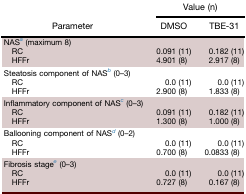
<table><thead><tr><td rowspan="2"><b>Parameter</b></td><td colspan="2"><b>Value (n)</b></td></tr><tr><td><b>DMSO</b></td><td><b>TBE-31</b></td></tr></thead><tbody><tr><td>NASa (maximum 8)</td><td></td><td></td></tr><tr><td> RC</td><td>0.091 (11)</td><td>0.182 (11)</td></tr><tr><td> HFFr</td><td>4.901 (8)</td><td>2.917 (8)</td></tr><tr><td>Steatosis component of NASb (0–3)</td><td></td><td></td></tr><tr><td> RC</td><td>0.0 (11)</td><td>0.0 (11)</td></tr><tr><td> HFFr</td><td>2.900 (8)</td><td>1.833 (8)</td></tr><tr><td>Inflammatory component of NASc (0–3)</td><td></td><td></td></tr><tr><td> RC</td><td>0.091 (11)</td><td>0.182 (11)</td></tr><tr><td> HFFr</td><td>1.300 (8)</td><td>1.000 (8)</td></tr><tr><td>Ballooning component of NASd (0–2)</td><td></td><td></td></tr><tr><td> RC</td><td>0.0 (11)</td><td>0.0 (11)</td></tr><tr><td> HFFr</td><td>0.700 (8)</td><td>0.0833 (8)</td></tr><tr><td>Fibrosis stagee (0–3)</td><td></td><td></td></tr><tr><td> RC</td><td>0.0 (11)</td><td>0.0 (11)</td></tr><tr><td> HFFr</td><td>0.727 (8)</td><td>0.167 (8)</td></tr></tbody></table>